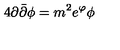
4 \partial \bar { \partial } \phi = m ^ { 2 } e ^ { \varphi } \phi